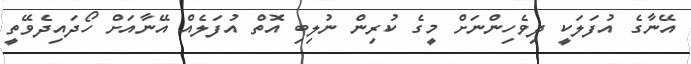
އޭނާގެ އުފަލަކީ ދިވެހިންނަށް މީގެ ކުރިން ނުލިބި އޮތް އުފަލެއް އޭނާއަށް ހޯދައިދެވޭތީ